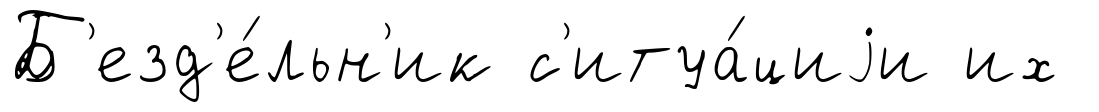
Б'езд'е́льн'ик с'итуа́циjи их